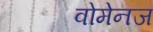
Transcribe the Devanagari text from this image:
वोमेनज